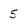
Character: 5